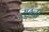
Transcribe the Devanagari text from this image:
रछ्ना